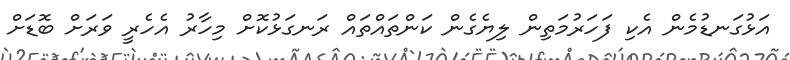
އަޅުގަނޑުމެން އެކި ފަހަރުމަތިން ލިޔެގެން ކަންތައްތައް ރަނގަޅުކޮށް މިހާރު އެހެރީ ވަރަށް ބޮޑަށް